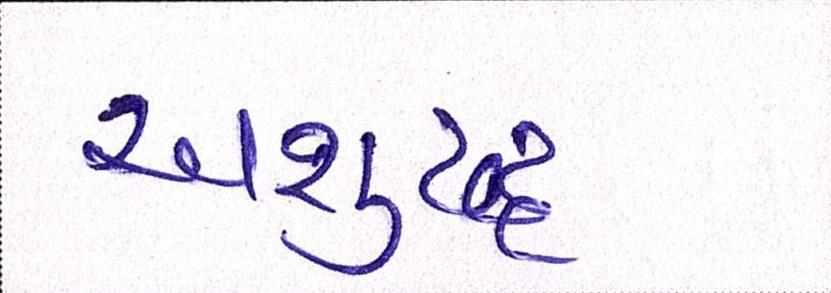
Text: અશુદ્ધ